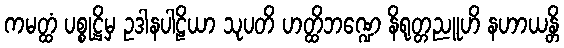
ကမတ္ထံ ပစ္စုဋ္ဌိမှ ဥဒါနပါဠိယာ သုပတိ ဟတ္ထိဘဏ္ဍေ နိရုတ္တညူဟိ နဟာယန္တိ